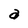
Character: a